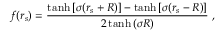
f ( r _ { s } ) = \frac { \operatorname { t a n h } { [ \sigma ( r _ { s } + R ) ] } - \operatorname { t a n h } { [ \sigma ( r _ { s } - R ) ] } } { 2 \operatorname { t a n h } { ( \sigma R ) } } \; ,